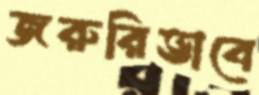
জরুরিভাবে